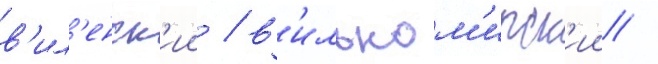
в'ил'енск'ии / в'ильком'ирск'ии /